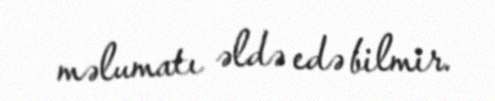
məlumatı əldə edə bilmir.